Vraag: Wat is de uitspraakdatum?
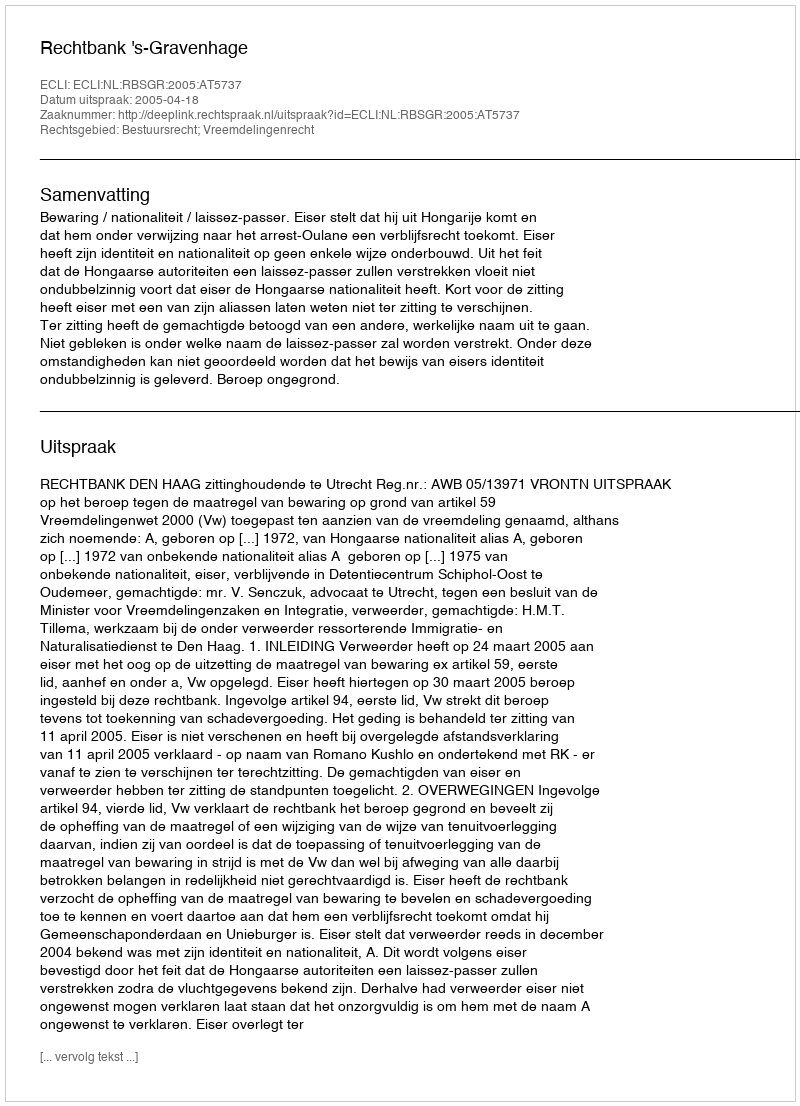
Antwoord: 2005-04-18